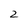
Character: 2